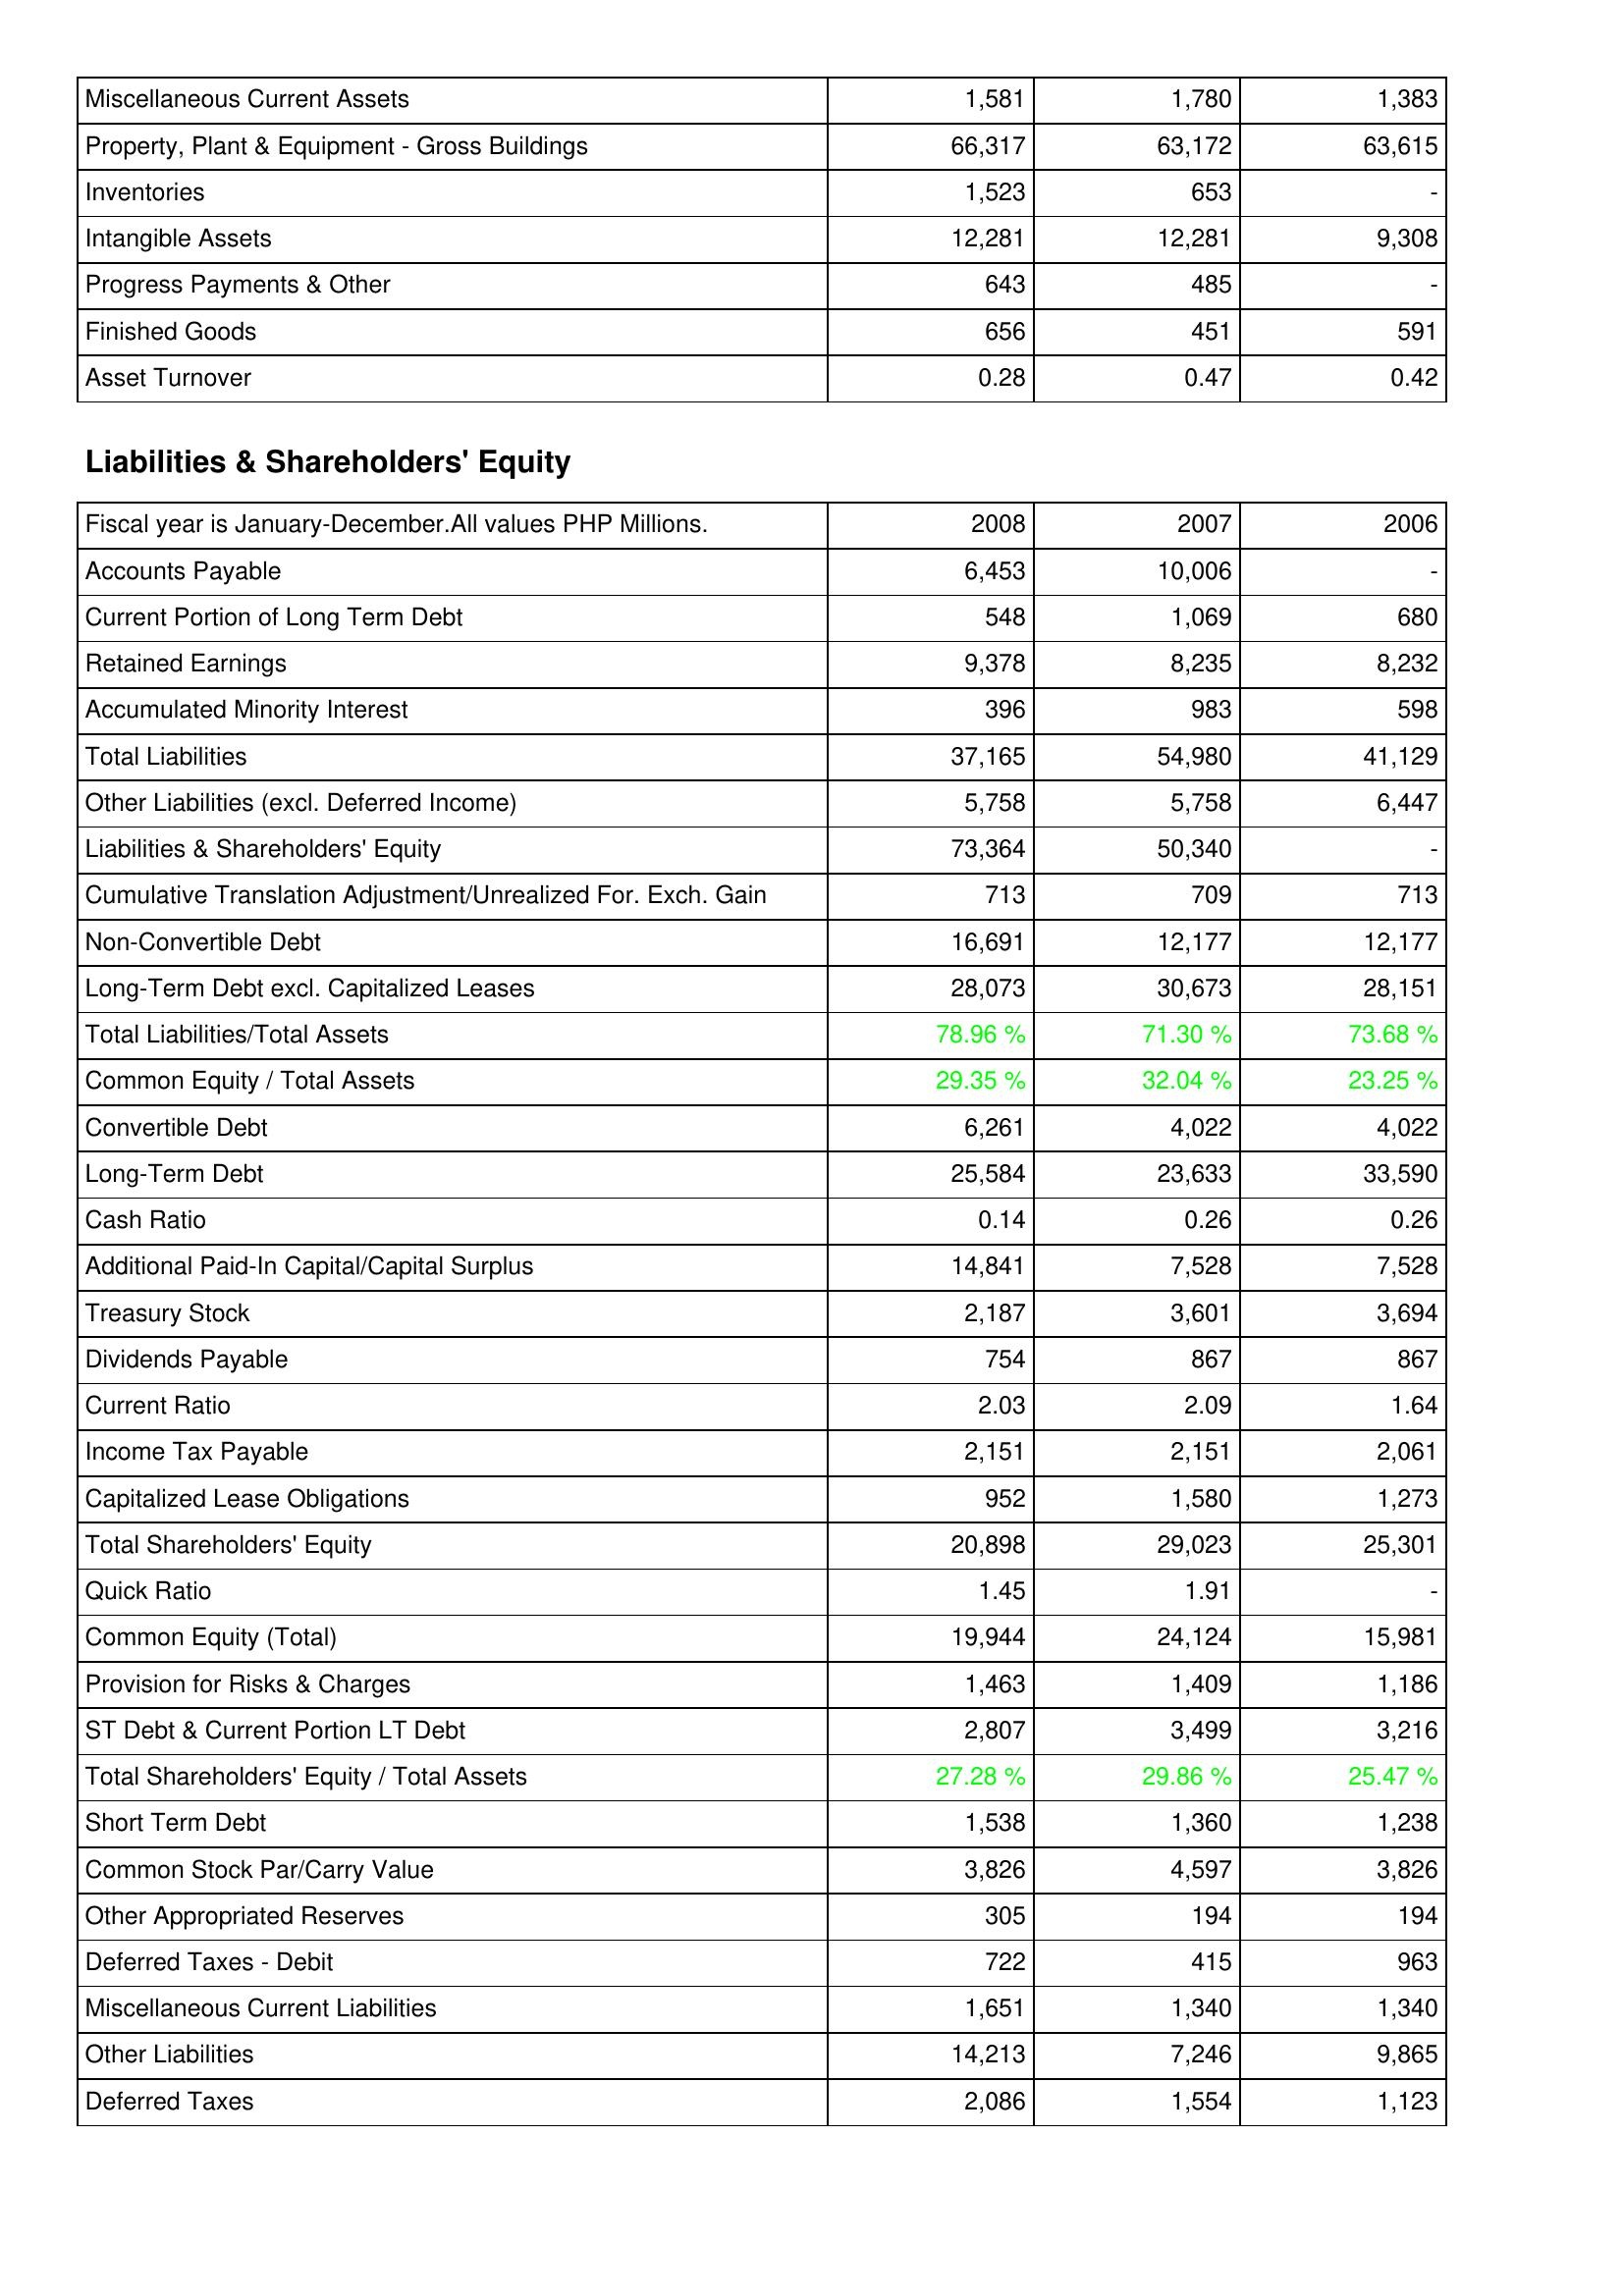
2008: Assets: Miscellaneous Current Assets: 1,581
Property, Plant & Equipment - Gross Buildings: 66,317
Inventories: 1,523
Intangible Assets: 12,281
Progress Payments & Other: 643
Finished Goods: 656
Asset Turnover: 0.28
Liabilities & Shareholders' Equity: Accounts Payable: 6,453
Current Portion of Long Term Debt: 548
Retained Earnings: 9,378
Accumulated Minority Interest: 396
Total Liabilities: 37,165
Other Liabilities (excl. Deferred Income): 5,758
Liabilities & Shareholders' Equity: 73,364
Cumulative Translation Adjustment/Unrealized For. Exch. Gain: 713
Non-Convertible Debt: 16,691
Long-Term Debt excl. Capitalized Leases: 28,073
Total Liabilities/Total Assets: 78.96 %
Common Equity / Total Assets: 29.35 %
Convertible Debt: 6,261
Long-Term Debt: 25,584
Cash Ratio: 0.14
Additional Paid-In Capital/Capital Surplus: 14,841
Treasury Stock: 2,187
Dividends Payable: 754
Current Ratio: 2.03
Income Tax Payable: 2,151
Capitalized Lease Obligations: 952
Total Shareholders' Equity: 20,898
Quick Ratio: 1.45
Common Equity (Total): 19,944
Provision for Risks & Charges: 1,463
ST Debt & Current Portion LT Debt: 2,807
Total Shareholders' Equity / Total Assets: 27.28 %
Short Term Debt: 1,538
Common Stock Par/Carry Value: 3,826
Other Appropriated Reserves: 305
Deferred Taxes - Debit: 722
Miscellaneous Current Liabilities: 1,651
Other Liabilities: 14,213
Deferred Taxes: 2,086
2007: Assets: Miscellaneous Current Assets: 1,780
Property, Plant & Equipment - Gross Buildings: 63,172
Inventories: 653
Intangible Assets: 12,281
Progress Payments & Other: 485
Finished Goods: 451
Asset Turnover: 0.47
Liabilities & Shareholders' Equity: Accounts Payable: 10,006
Current Portion of Long Term Debt: 1,069
Retained Earnings: 8,235
Accumulated Minority Interest: 983
Total Liabilities: 54,980
Other Liabilities (excl. Deferred Income): 5,758
Liabilities & Shareholders' Equity: 50,340
Cumulative Translation Adjustment/Unrealized For. Exch. Gain: 709
Non-Convertible Debt: 12,177
Long-Term Debt excl. Capitalized Leases: 30,673
Total Liabilities/Total Assets: 71.30 %
Common Equity / Total Assets: 32.04 %
Convertible Debt: 4,022
Long-Term Debt: 23,633
Cash Ratio: 0.26
Additional Paid-In Capital/Capital Surplus: 7,528
Treasury Stock: 3,601
Dividends Payable: 867
Current Ratio: 2.09
Income Tax Payable: 2,151
Capitalized Lease Obligations: 1,580
Total Shareholders' Equity: 29,023
Quick Ratio: 1.91
Common Equity (Total): 24,124
Provision for Risks & Charges: 1,409
ST Debt & Current Portion LT Debt: 3,499
Total Shareholders' Equity / Total Assets: 29.86 %
Short Term Debt: 1,360
Common Stock Par/Carry Value: 4,597
Other Appropriated Reserves: 194
Deferred Taxes - Debit: 415
Miscellaneous Current Liabilities: 1,340
Other Liabilities: 7,246
Deferred Taxes: 1,554
2006: Assets: Miscellaneous Current Assets: 1,383
Property, Plant & Equipment - Gross Buildings: 63,615
Inventories: -
Intangible Assets: 9,308
Progress Payments & Other: -
Finished Goods: 591
Asset Turnover: 0.42
Liabilities & Shareholders' Equity: Accounts Payable: -
Current Portion of Long Term Debt: 680
Retained Earnings: 8,232
Accumulated Minority Interest: 598
Total Liabilities: 41,129
Other Liabilities (excl. Deferred Income): 6,447
Liabilities & Shareholders' Equity: -
Cumulative Translation Adjustment/Unrealized For. Exch. Gain: 713
Non-Convertible Debt: 12,177
Long-Term Debt excl. Capitalized Leases: 28,151
Total Liabilities/Total Assets: 73.68 %
Common Equity / Total Assets: 23.25 %
Convertible Debt: 4,022
Long-Term Debt: 33,590
Cash Ratio: 0.26
Additional Paid-In Capital/Capital Surplus: 7,528
Treasury Stock: 3,694
Dividends Payable: 867
Current Ratio: 1.64
Income Tax Payable: 2,061
Capitalized Lease Obligations: 1,273
Total Shareholders' Equity: 25,301
Quick Ratio: -
Common Equity (Total): 15,981
Provision for Risks & Charges: 1,186
ST Debt & Current Portion LT Debt: 3,216
Total Shareholders' Equity / Total Assets: 25.47 %
Short Term Debt: 1,238
Common Stock Par/Carry Value: 3,826
Other Appropriated Reserves: 194
Deferred Taxes - Debit: 963
Miscellaneous Current Liabilities: 1,340
Other Liabilities: 9,865
Deferred Taxes: 1,123